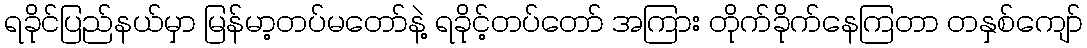
ရခိုင်ပြည်နယ်မှာ မြန်မာ့တပ်မတော်နဲ့ ရခိုင့်တပ်တော် အကြား တိုက်ခိုက်နေကြတာ တနှစ်ကျော်